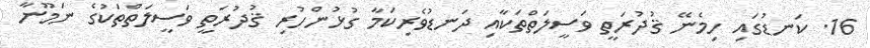
16. ކަނޑުގައި ހިމެނޭ ޤުދުރަތީ ވަސީލަތްތަކާއި ދަނޑުވެރިކަމާ ގުޅުންހުރި ޤުދުރަތީ ވަސީލަތްތަކުގެ ނަމޫނާ